Report on horse surra - Volume II, Part I
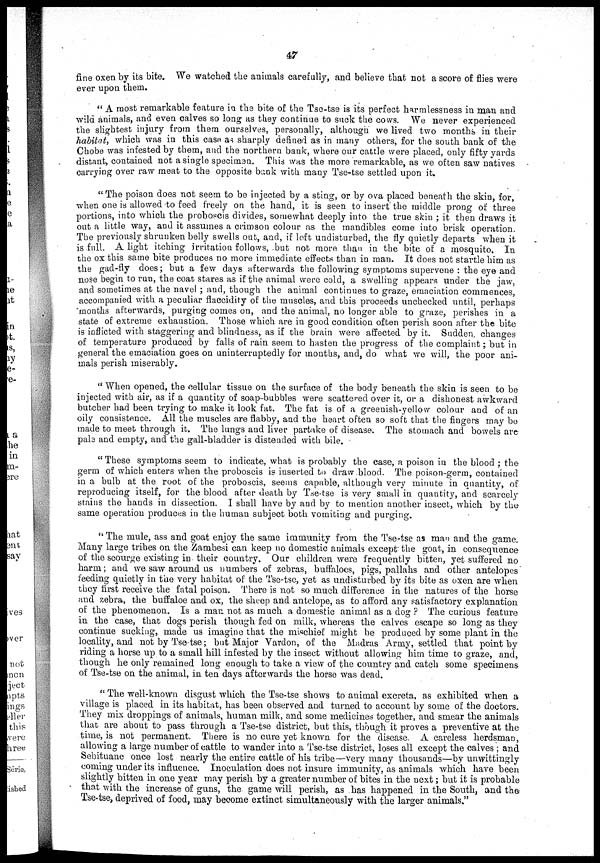
47
fine oxen by its bite. We watched the animals carefully, and believe that not a score of flies were
ever upon them.
" A most remarkable feature in the bite of the Tse-tse is its perfect harmlessness in man and
wild animals, and even calves so long as they continue to suck the cows. We never experienced
the slightest injury from them ourselves, personally, although we lived two months in their
habitat, which was in this case as sharply defined as in many others, for the south bank of the
Chobe was infested by them, and the northern bank, where our cattle were placed, only fifty yards
distant, contained not a single specimen. This was the more remarkable, as we often saw natives
carrying over raw meat to the opposite bank with many Tse-tse settled upon it.
"The poison does not seem to be injected by a sting, or by ova placed beneath the skin, for,
when one is allowed to feed freely on the hand, it is seen to insert the middle prong of three
portions, into which the proboscis divides, somewhat deeply into the true skin ; it then draws it
out a little way, and it assumes a crimson colour as the mandibles come into brisk operation.
The previously shrunken belly swells out, and, if loft undisturbed, the fly quietly departs when it
is full. A light itching irritation follows, but not more than in the bite of a mosquito. In
the ox this same bite produces no more immediate effects than in man. It does not startle him as
the gad-fly does; but a few days afterwards the following symptoms supervene : the eye and
nose begin to run, the coat stares as if the animal were cold, a swelling appears under the jaw,
and sometimes at the navel ; and, though the animal continues to graze, emaciation commences,
accompanied with a peculiar flaccidity of the muscles, and this proceeds unchecked until, perhaps
months afterwards, purging comes on, and the animal, no longer able to graze, perishes in a
state of extreme exhaustion. Those which are in good condition often perish soon after the bite
is inflicted with staggering and blindness, as if the brain were affected by it. Sudden changes
of temperature produced by falls of rain seem to hasten the progress of the complaint ; but in
general the emaciation goes on uninterruptedly for months, and, do what we will, the poor ani-
mals perish miserably.
" When opened, the cellular tissue on the surface of the body beneath the skin is seen to be
injected with air, as if a quantity of soap-bubbles were scattered over it, or a dishonest awkward
butcher had been trying to make it look fat. The fat is of a greenish-yellow colour and of an
oily consistence. All the muscles are flabby, and the heart often so soft that the fingers may be
made to meet through it. The lungs and liver partake of disease. The stomach and bowels are
pale and empty, and the gall-bladder is distended with bile.
"These symptoms seem to indicate, what is probably the case, a poison in the blood ; the
germ of which enters when the proboscis is inserted to draw blood. The poison-germ, contained
in a bulb at the root of the proboscis, seems capable, although very minute in quantity, of
reproducing itself, for the blood after death by Tse-tse is very small in quantity, and scarcely
stains the hands in dissection. I shall have by and by to mention another insect, which by the
same operation produces in the human subject both vomiting and purging.
" The mule, ass and goat enjoy the same immunity from the Tse-tse as man and the game.
Many large tribes on the Zambesi can keep no domestic animals except the goat, in consequence
of the scourge existing in their country. Our children were frequently bitten, yet suffered no
harm; and we saw around us numbers of zebras, buffaloes, pigs, pallahs and other antelopes
feeding quietly in the very habitat of the Tse-tse, yet as undisturbed by its bite as oxen are when
they first receive the fatal poison. There is not so much difference in the natures of the horse
and zebra, the buffaloe and ox, the sheep and antelope, as to afford any satisfactory explanation
of the phenomenon. Is a man not as much a domestic animal as a dog ? The curious feature
in the case, that dogs perish though fed on milk, whereas the calves escape so long as they
continue sucking, made us imagine that the mischief might be produced by some plant in the
locality, and not by Tse-tse ; but Major Vardon, of the Madras Army, settled that point by
riding a horse up to a small hill infested by the insect without allowing him time to graze, and,
though he only remained long enough to take a view of the country and catch some specimens
of Tse-tse on the animal, in ten days afterwards the horse was dead.
" The well-known disgust which the Tse-tse shows to animal excreta. as exhibited when a
village is placed in its habitat, has been observed and turned to account by some of the doctors.
They mix droppings of animals, human milk, and some medicines together, and smear the animals
that are about to pass through a Tse-tse district, but this, though it proves a preventive at the
time, is not permanent. There is no cure yet known for the disease. A careless herdsman,
allowing a large number of cattle to wander into a Tse-tse district, loses all except the calves ; and
Sebituane once lost nearly the entire cattle of his tribe—very many thousands—by unwittingly
coming under its influence. Inoculation does not insure immunity, as animals which have been
slightly bitten in one year may perish by a greater number of bites in the next ; but it is probable
that with the increase of guns, the game will perish, as has happened in the South, and the
Tse-tse, deprived of food, may become extinct simultaneously with the larger animals."